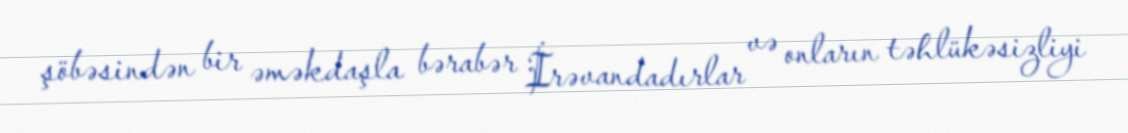
şöbəsindən bir əməkdaşla bərabər İrəvandadırlar və onların təhlükəsizliyi